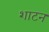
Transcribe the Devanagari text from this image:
शाटन